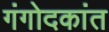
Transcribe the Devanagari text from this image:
गंगोदकांत